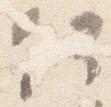
何